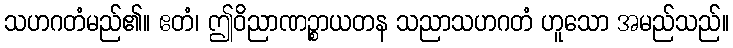
သဟဂတံမည်၏။ ဧတံ၊ ဤဝိညာဏဉ္စာယတန သညာသဟဂတံ ဟူသော အမည်သည်။